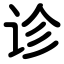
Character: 诊